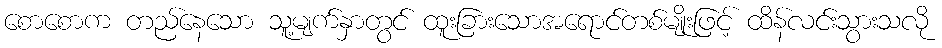
စောစောက တည်နေသော သူ့မျက်နှာတွင် ထူးခြားသောအရောင်တစ်မျိုးဖြင့် ထိန်လင်းသွားသလို